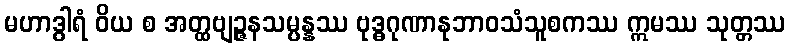
မဟာဒွါရံ ဝိယ စ အတ္ထဗျဉ္ဇနသမ္ပန္နဿ ဗုဒ္ဓဂုဏာနုဘာဝသံသူစကဿ ဣမဿ သုတ္တဿ